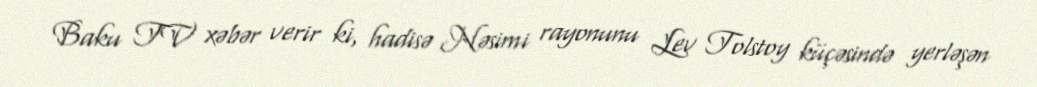
Baku TV xəbər verir ki, hadisə Nəsimi rayonunu Lev Tolstoy küçəsində yerləşən